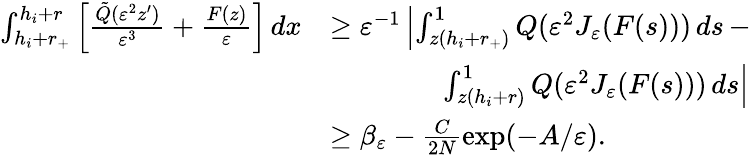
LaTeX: \begin{array}{rl}{\int_{h_{i}+r_{+}}^{h_{i}+r}\left[\frac{\tilde{Q}(\varepsilon^{2}z^{\prime})}{\varepsilon^{3}}+\frac{F(z)}{\varepsilon}\right]\, dx}&{\geq\varepsilon^{-1}\left|\int_{z(h_{i}+r_{+})}^{1}Q(\varepsilon^{2}J_{\varepsilon}(F(s)))\, ds\, -\right.}\\ &{\qquad\qquad\left.\int_{z(h_{i}+r)}^{1}Q(\varepsilon^{2}J_{\varepsilon}(F(s)))\, ds\right|}\\ &{\geq\beta_{\varepsilon}-\frac{C}{2N}\exp(-A/\varepsilon).}\end{array}